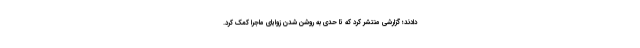
‌دادند؛ گزارشی منتشر کرد که تا حدی به روشن شدن زوایای ماجرا کمک کرد.